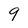
Character: 9